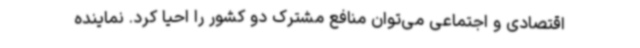
اقتصادی و اجتماعی می‌توان منافع مشترک دو کشور را احیا کرد. نماینده